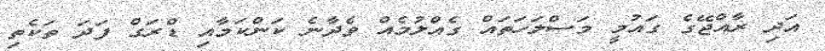
އަދި ރާއްޖޭގެ ގައުމީ މަސްލަހަތައް ގެއްލުމެއް ވެދާނެ ކަންކަމާއި ޑްރަގް ފަދަ ތަކެތި